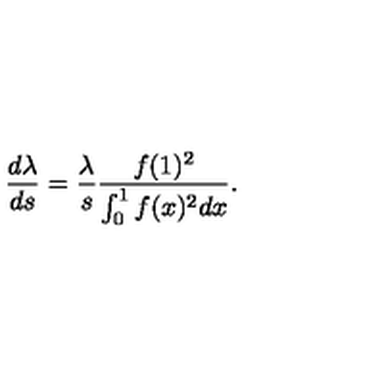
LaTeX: \frac { d \lambda } { d s } = \frac { \lambda } { s } \frac { f ( 1 ) ^ { 2 } } { \int _ { 0 } ^ { 1 } f ( x ) ^ { 2 } d x } .